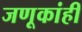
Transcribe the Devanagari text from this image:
जणूकांही